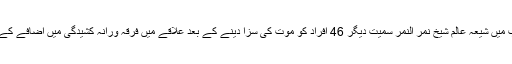
خیال رہے کہ سعودی عرب میں شیعہ عالم شیخ نمر النمر سمیت دیگر 46 افراد کو موت کی سزا دینے کے بعد علاقے میں فرقہ ورانہ کشیدگی میں اضافے کے خدشات پائے جا رہے ہیں۔